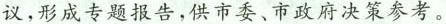
议，形成专题报告，供市委、市政府决策参考。